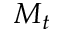
M _ { t }